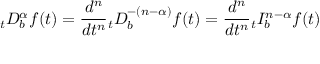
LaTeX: _ { t } D _ { b } ^ { \alpha } f ( t ) = { \frac { d ^ { n } } { d t ^ { n } } } { } _ { t } D _ { b } ^ { - ( n - \alpha ) } f ( t ) = { \frac { d ^ { n } } { d t ^ { n } } } { } _ { t } I _ { b } ^ { n - \alpha } f ( t )